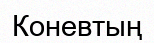
Коневтың